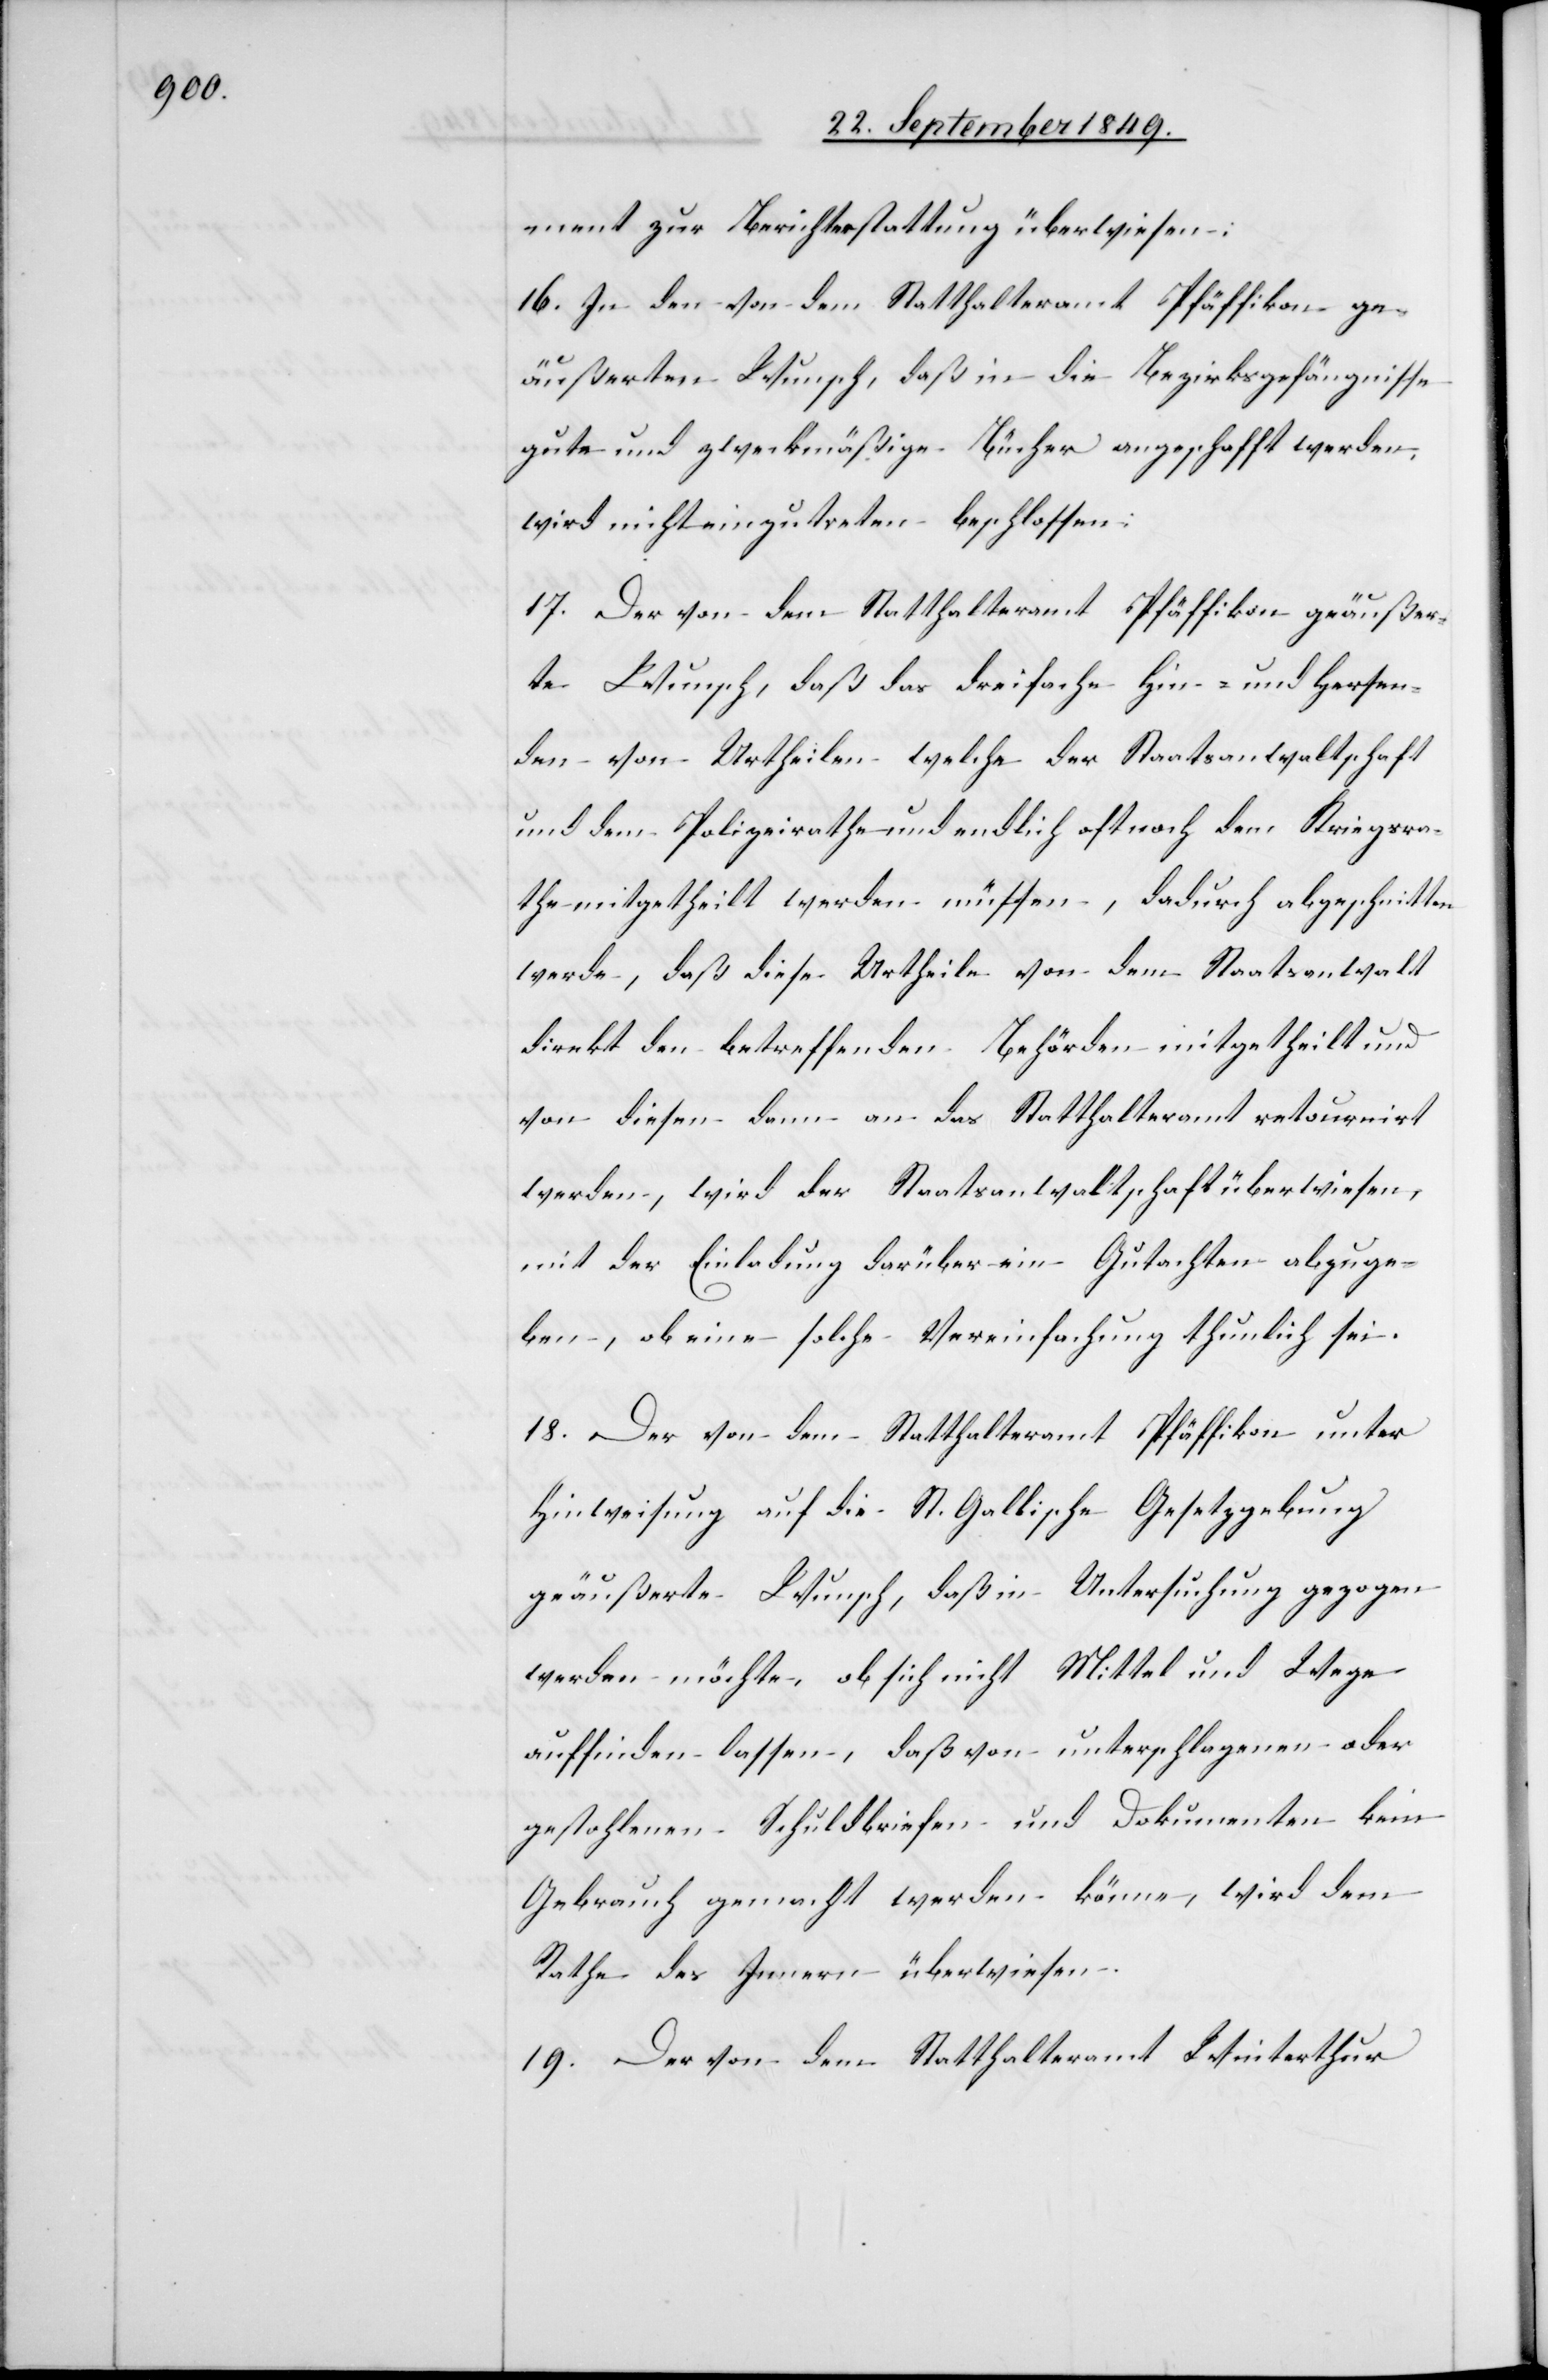
ment zur Berichterstattung überwiesen:
16. In den von dem Statthalteramt Pfäffikon ge¬
äußerten Wunsch, daß in die Bezirksgefängnisse
gute und zweckmäßige Bücher angeschafft werden,
wird nicht einzutreten beschlossen.
17. Der von dem Statthalteramt Pfäffikon geäußer¬
te Wunsch, daß das dreifache Hin- und Hersen¬
den von Urtheilen welche der Staatsanwaltschaft
und dem Polizeirathe und endlich oft noch dem Kriegsra¬
the mitgetheilt werden müssen, dadurch abgeschnitten
werde, daß diese Urtheile von dem Staatsanwalt
direkt den betreffenden Behörden mitgetheilt und
von diesen dann an das Statthalteramt retournirt
werden, wird der Staatsanwaltschaft überwiesen,
mit der Einladung darüber ein Gutachten abzuge¬
ben, ob eine solche Vereinfachung thunlich sei.
18. Der von dem Statthalteramt Pfäffikon unter
Hinweisung auf die St. Gallische Gesetzgebung
geäußerte Wunsch, daß in Untersuchung gezogen
werden möchte, ob sich nicht Mittel und Wege
auffinden lassen, daß von unterschlagenen oder
gestohlenen Schuldbriefen und Dokumenten kein
Gebrauch gemacht werden könne, wird dem
Rathe des Innern überwiesen.
19. Der von dem Statthalteramt Winterthur